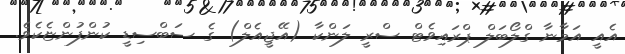
އެއީ އަމާނާ ގްލޯބަލް ޕްރައިވެޓް ސްރީ ލަންކާ (އޭޖީއެލް) ގެ ސަބްސިޑީ ކުންފުންޏެކެވެ.